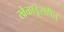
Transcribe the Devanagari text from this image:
खेळाडूंसहीत